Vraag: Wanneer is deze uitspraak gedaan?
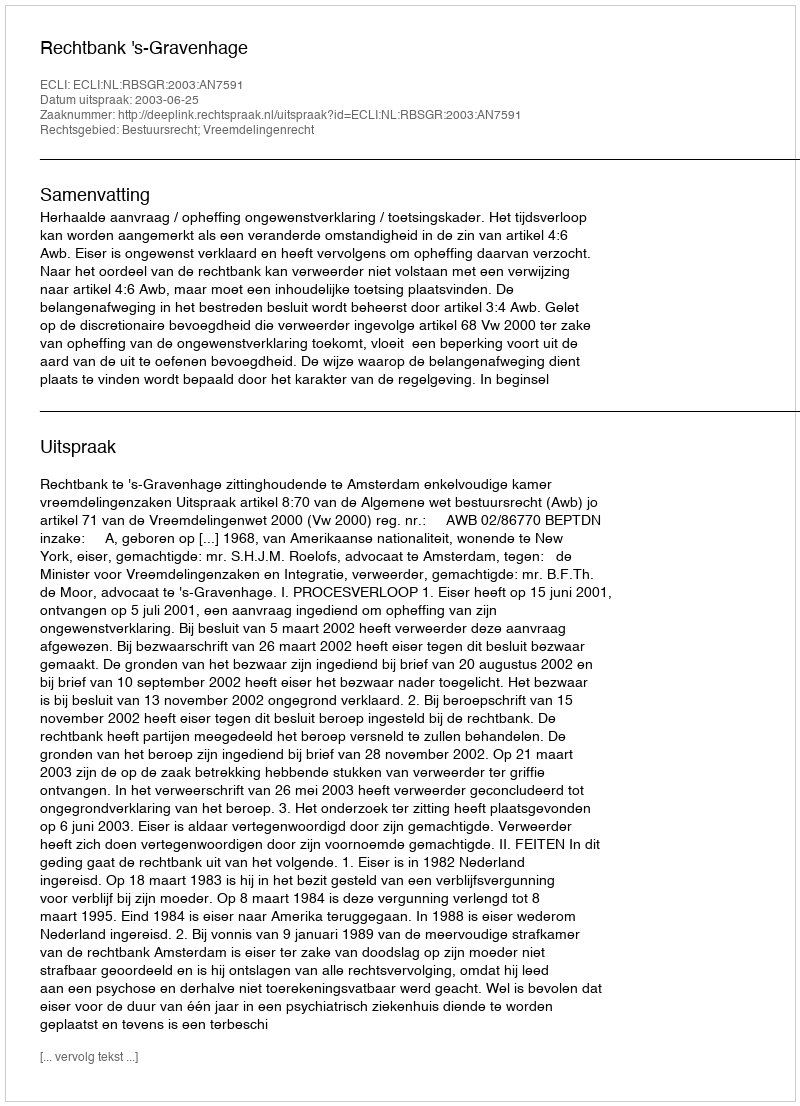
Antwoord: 2003-06-25